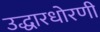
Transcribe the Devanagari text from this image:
उद्धारधोरणी